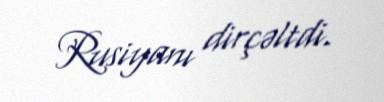
Rusiyanı dirçəltdi.